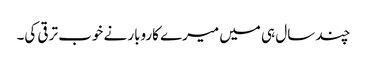
چند سال ہی میں میرے کاروبار نے خوب ترقی کی۔